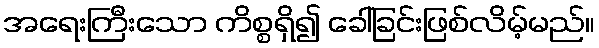
အရေးကြီးသော ကိစ္စရှိ၍ ခေါ်ခြင်းဖြစ်လိမ့်မည်။